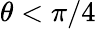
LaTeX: \theta<\pi/4